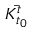
\Bar { { K } _ { t _ { 0 } } ^ { t } }